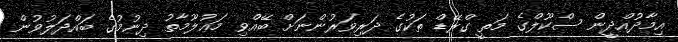
އިމާދުއްދީން ސްކޫލްގެ މަތީ ގްރޭޑް ތަކުގެ ދަރިވަރުންނަށް ބޭއްވި މަޢުލޫމާތު ދިނުމުގެ ބައްދަލުވުން